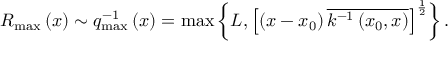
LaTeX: R _ { \operatorname * { m a x } } \left( x \right) \sim q _ { \operatorname * { m a x } } ^ { - 1 } \left( x \right) = \operatorname * { m a x } \left\{ L , \left[ \left( x - x _ { 0 } \right) \overline { { { k ^ { - 1 } \left( x _ { 0 } , x \right) } } } \right] ^ { \frac 1 2 } \right\} .